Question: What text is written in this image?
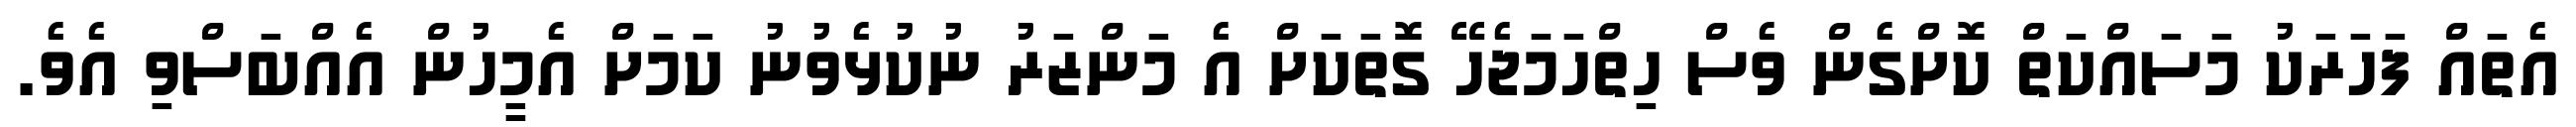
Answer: އެތައް ފަހަރަކު މަސައްކަތް ކޮށްގެން ވެސް ހިތްހަމަޖެހޭ ގޮތަކަށް އެ މަންޒަރު ނުކުޅެވުނު ކަމަށް އެމީހުން އެއްބަސްވި އެވެ.